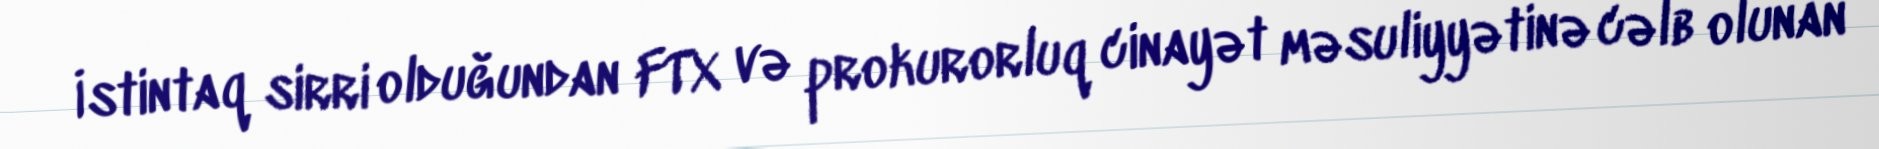
İstintaq sirri olduğundan FTX və prokurorluq cinayət məsuliyyətinə cəlb olunan